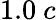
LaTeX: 1.0~c